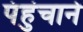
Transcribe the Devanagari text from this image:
पंहुंचाने